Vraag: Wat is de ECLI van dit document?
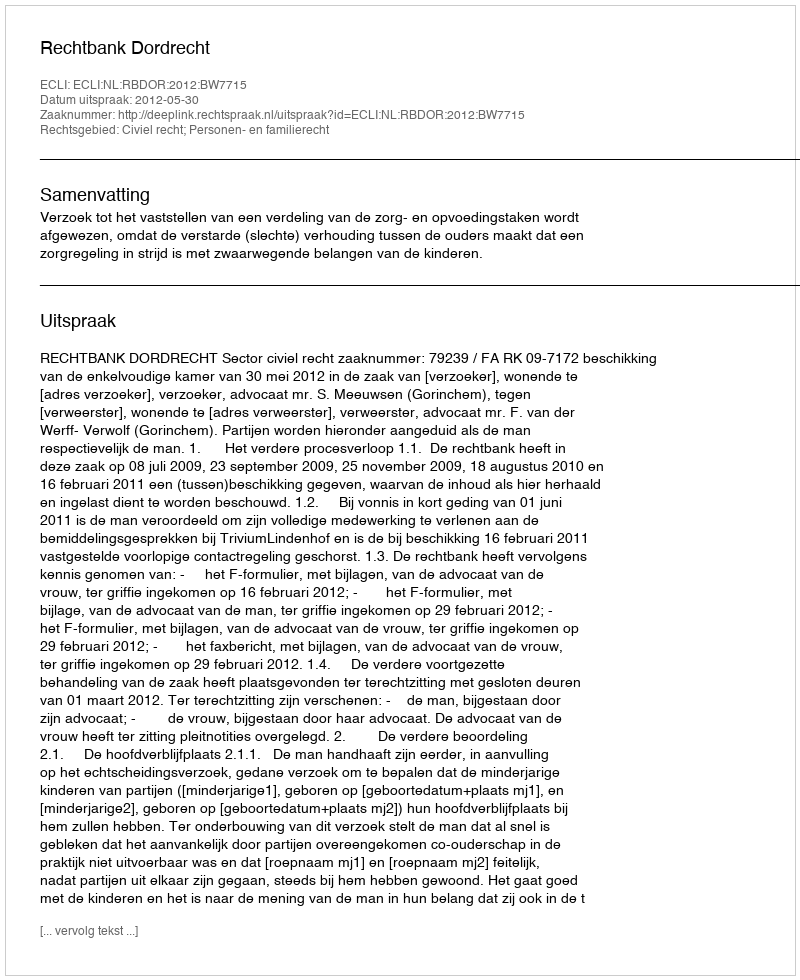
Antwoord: ECLI:NL:RBDOR:2012:BW7715